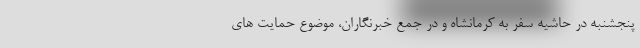
پنجشنبه در حاشیه سفر به کرمانشاه و در جمع خبرنگاران، موضوع حمایت های